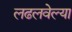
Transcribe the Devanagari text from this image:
लढलवेल्या